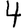
Digit: 4